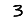
Digit: 3